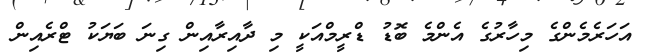
އަހަރެމެންގެ މިހާރުގެ އެންމެ ބޮޑު ޑްރީމްއަކީ މި ދާއިރާއިން ގިނަ ބަޔަކު ޓްރެއިން